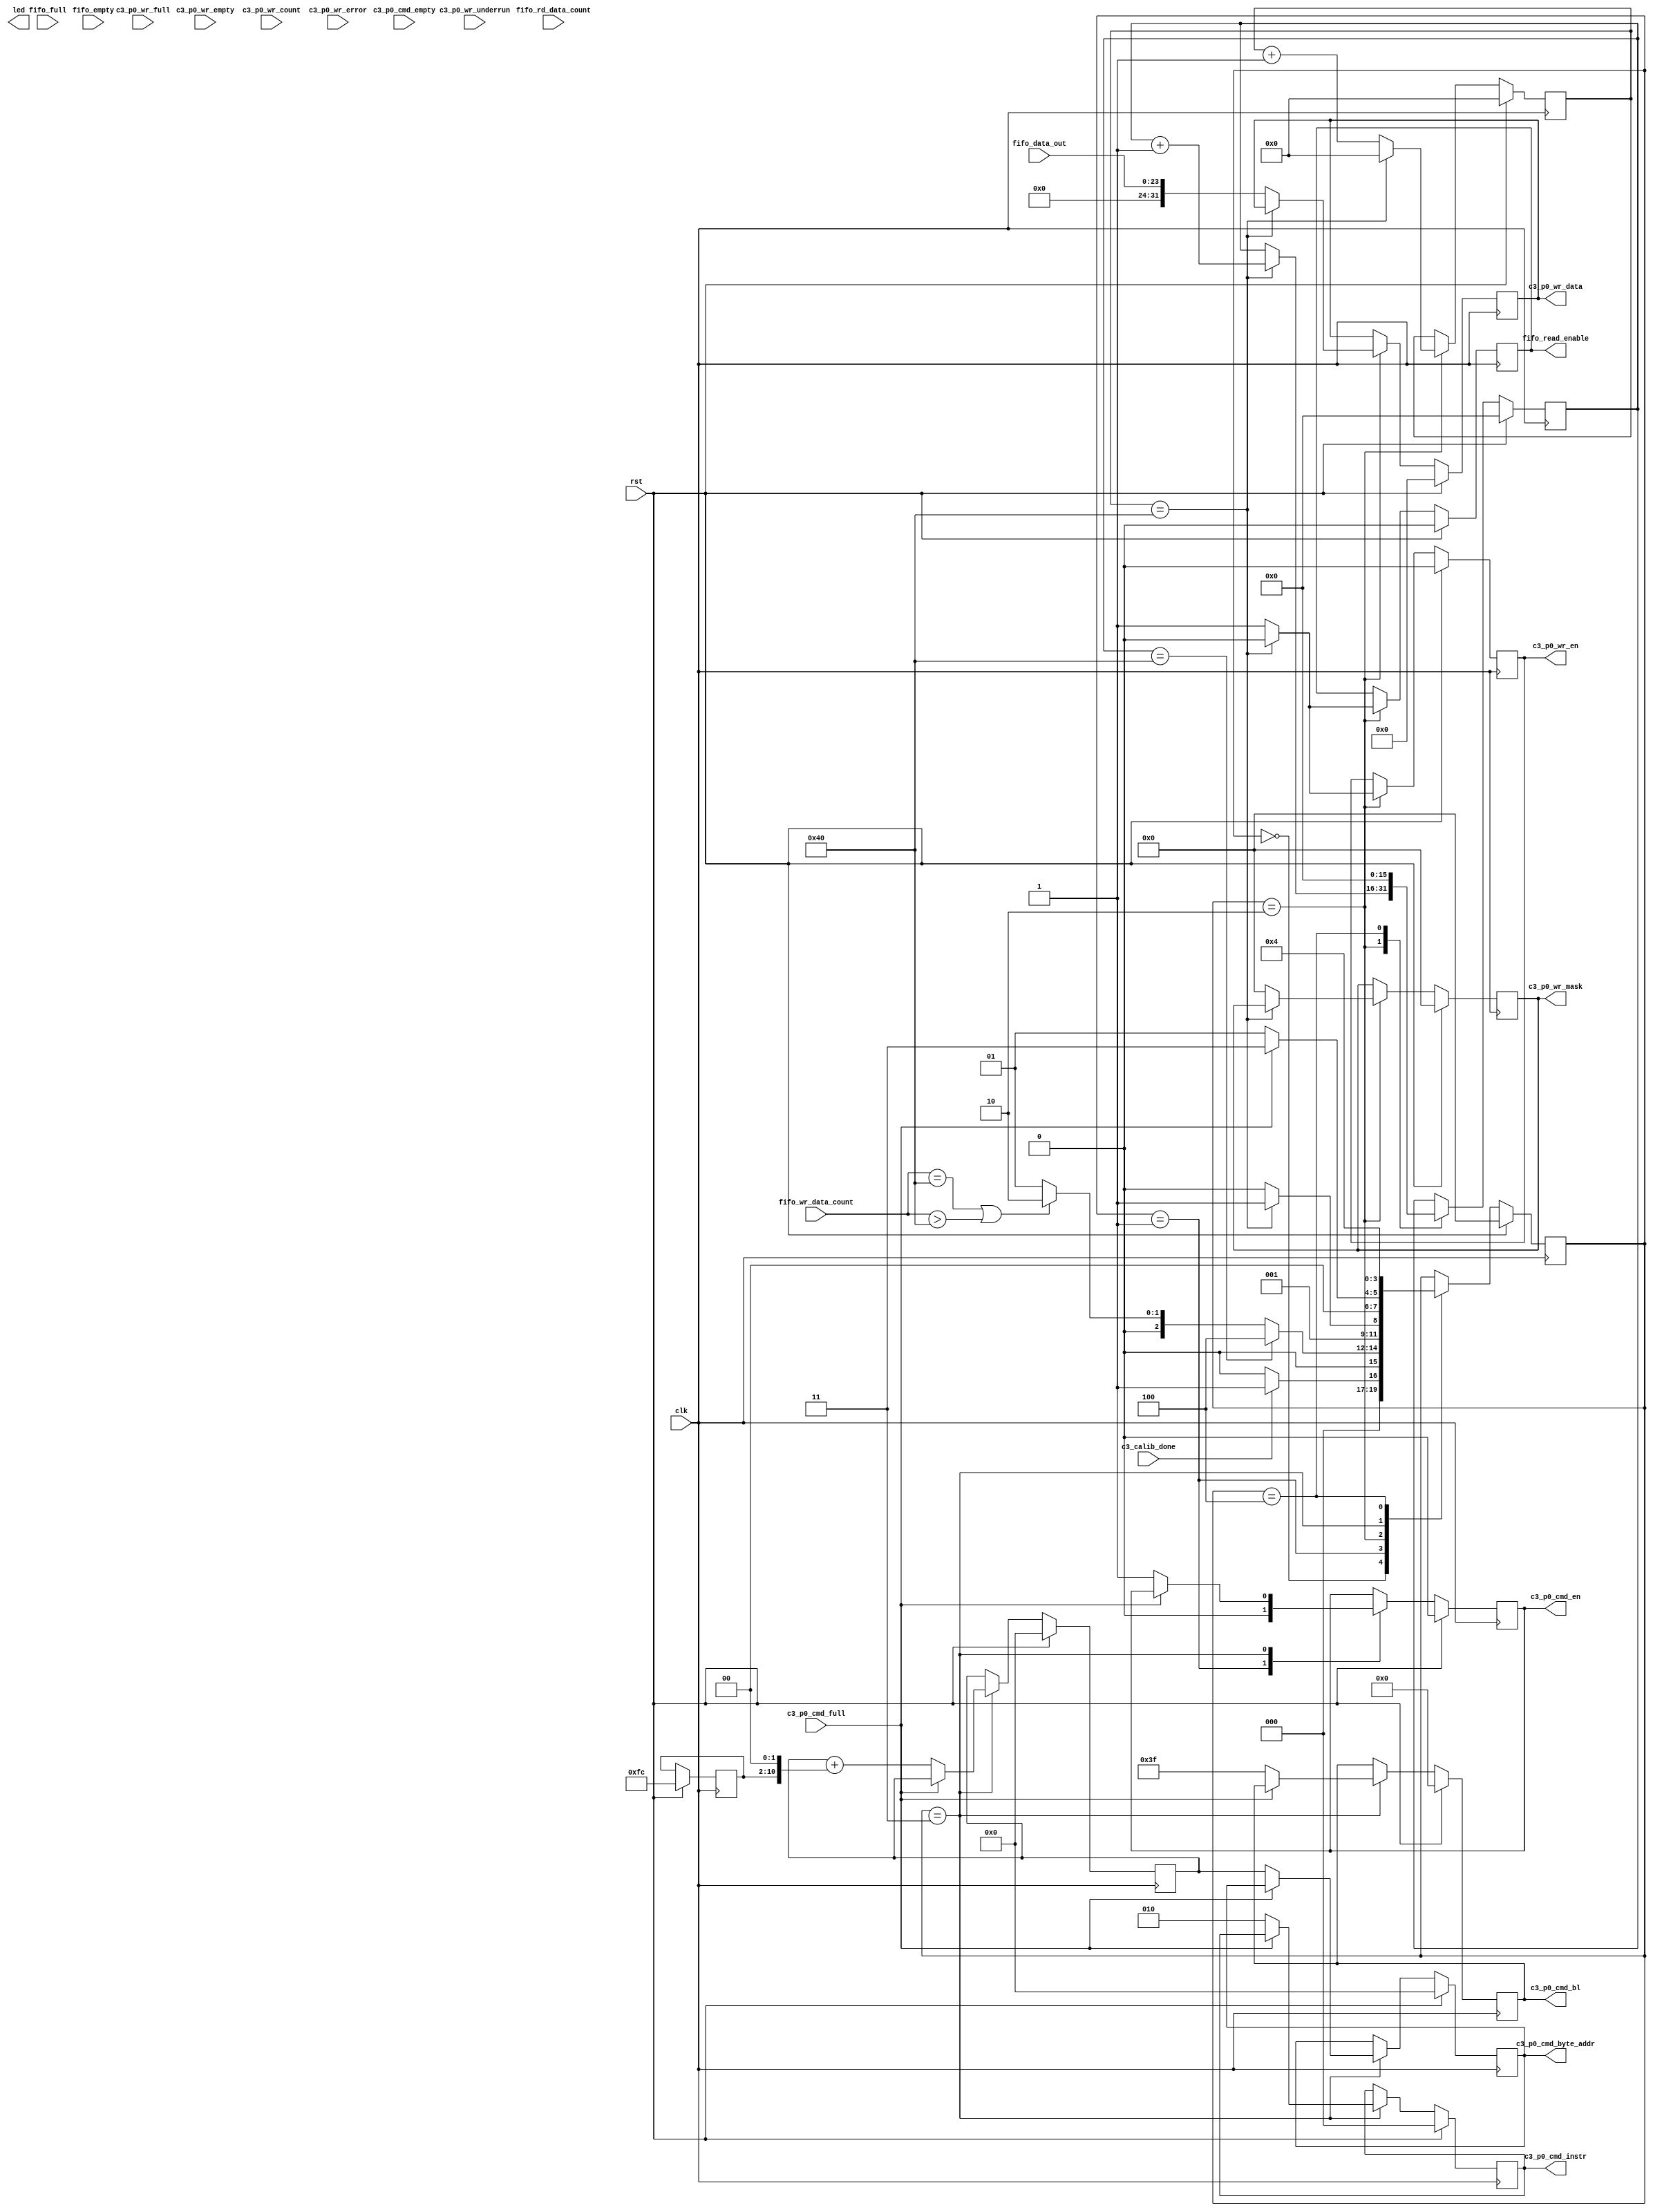
/*

Copyright (c) 2021 Alex Pahmutov

Permission is hereby granted, free of charge, to any person obtaining a copy
of this software and associated documentation files (the "Software"), to deal
in the Software without restriction, including without limitation the rights
to use, copy, modify, merge, publish, distribute, sublicense, and/or sell
copies of the Software, and to permit persons to whom the Software is
furnished to do so, subject to the following conditions:

The above copyright notice and this permission notice shall be included in
all copies or substantial portions of the Software.

THE SOFTWARE IS PROVIDED "AS IS", WITHOUT WARRANTY OF ANY KIND, EXPRESS OR
IMPLIED, INCLUDING BUT NOT LIMITED TO THE WARRANTIES OF MERCHANTABILITY
FITNESS FOR A PARTICULAR PURPOSE AND NONINFRINGEMENT. IN NO EVENT SHALL THE
AUTHORS OR COPYRIGHT HOLDERS BE LIABLE FOR ANY CLAIM, DAMAGES OR OTHER
LIABILITY, WHETHER IN AN ACTION OF CONTRACT, TORT OR OTHERWISE, ARISING FROM,
OUT OF OR IN CONNECTION WITH THE SOFTWARE OR THE USE OR OTHER DEALINGS IN
THE SOFTWARE.

*/

`timescale 1ns / 1ps

module rgb_to_ddr# (
    parameter RGB_WIDTH = 24,
    parameter DATA_COUNT_WIDTH = 11,
    parameter PIXEL_COUNT  = 4096
)
(
    input wire                                      clk,
    input wire                                      rst,

    input wire                                      c3_calib_done,

    output	wire    	                            c3_p0_cmd_en,
    output  wire    [2:0]	                        c3_p0_cmd_instr,
    output  wire    [5:0]	                        c3_p0_cmd_bl,
    output  wire    [29:0]	                        c3_p0_cmd_byte_addr,
    input   wire    		                        c3_p0_cmd_empty,
    input   wire    		                        c3_p0_cmd_full,

    output	wire    	                            c3_p0_wr_en,
    output  wire    [3:0]	                        c3_p0_wr_mask,
    output  wire    [31:0]	                        c3_p0_wr_data,
    input   wire    		                        c3_p0_wr_full,
    input   wire    		                        c3_p0_wr_empty,
    input   wire    [6:0]	                        c3_p0_wr_count,
    input   wire    		                        c3_p0_wr_underrun,
    input   wire    		                        c3_p0_wr_error,

    input   wire    [RGB_WIDTH - 1:0]               fifo_data_out,
    output  wire                                    fifo_read_enable,
    input   wire    [DATA_COUNT_WIDTH -1:0]         fifo_wr_data_count,
    input   wire    [DATA_COUNT_WIDTH -1:0]         fifo_rd_data_count,
    input   wire                                    fifo_full,
    input   wire                                    fifo_empty,

    output  wire    [7:0]                           led 
);

localparam [5:0] MAX_BURST_LENGHT = 'd63;

localparam [3:0] COMMAND_FIFO_DEPTH = 'd4;

localparam [15:0] BURST_COUNT_FRAME = PIXEL_COUNT/64;

localparam [3:0]
    STATE_WAIT_CALIB = 4'd0,
    STATE_WAIT_RGB_DATA = 4'd1,
    STATE_WRITE = 4'd2,
    STATE_WRITE_COMMAND = 4'd3,
    STATE_ONE_FRAME_SUCCESSFUL = 'd4;

localparam [2:0] 
    WRITE = 3'b0,
    WRITE_AUTO_PRECHARGE = 3'b10;

reg [3:0] state_reg;

reg         p0_cmd_en_reg;
reg [2:0]	p0_cmd_instr_reg;
reg [5:0]	p0_cmd_bl_reg;
reg [29:0]	p0_cmd_byte_addr_reg;

reg 	    p0_wr_en_reg;
reg [3:0]	p0_wr_mask_reg;
reg [31:0]	p0_wr_data_reg;


reg [29:0]  addr_ptr_reg;
reg [6:0]   word_count_reg;
reg [31:0]  error_count_reg;
reg [8:0]   address_iter_reg;
reg [7:0]   led_reg;
reg [15:0]  burst_count_reg;
reg         fifo_rd_enable_reg;

assign fifo_read_enable = fifo_rd_enable_reg;

assign c3_p0_wr_en = p0_wr_en_reg;
assign c3_p0_wr_mask = p0_wr_mask_reg;
assign c3_p0_wr_data = p0_wr_data_reg;

assign c3_p0_cmd_en = p0_cmd_en_reg;
assign c3_p0_cmd_instr = p0_cmd_instr_reg;
assign c3_p0_cmd_bl = p0_cmd_bl_reg;
assign c3_p0_cmd_byte_addr = p0_cmd_byte_addr_reg;

always @(posedge clk) begin
	if (rst) begin
        state_reg <= STATE_WAIT_CALIB;

        p0_cmd_en_reg <= 1'b0;
        p0_cmd_instr_reg <= 3'b0;
        p0_cmd_bl_reg <= 6'b0;
        p0_cmd_byte_addr_reg <= 30'b0;

        p0_wr_en_reg <= 1'b0;
        p0_wr_mask_reg <= 4'b0;
        p0_wr_data_reg <= 32'b0;

        addr_ptr_reg <= 30'b0;
        word_count_reg <= 6'b0;
        address_iter_reg <= 9'hFC;
        led_reg <= 8'b0;
        burst_count_reg <= 'b0;
        fifo_rd_enable_reg <= 'b0;
	end else begin
		case (state_reg)
			STATE_WAIT_CALIB: begin
                if(c3_calib_done)
                    state_reg <= STATE_WAIT_RGB_DATA;
                else
                    state_reg <= STATE_WAIT_CALIB;
			end
            STATE_WAIT_RGB_DATA: begin
                p0_cmd_en_reg <= 1'b0;
                if(burst_count_reg == BURST_COUNT_FRAME) begin
                    state_reg <= STATE_ONE_FRAME_SUCCESSFUL;
                end else begin
                    if(fifo_wr_data_count == 'd64 || fifo_wr_data_count > 'd64)
                        state_reg <= STATE_WRITE;
                    else
                        state_reg <= STATE_WAIT_RGB_DATA;
                end
            end
            STATE_WRITE: begin
                if(word_count_reg == 'd64) begin
                    state_reg <= STATE_WRITE_COMMAND;

                    p0_wr_en_reg <= 1'b0; 
                    word_count_reg <= 6'b0;
                    fifo_rd_enable_reg <= 'b0;
                    burst_count_reg <= burst_count_reg + 1'b1;
                end else begin
                    fifo_rd_enable_reg <= 'b1;

                    p0_wr_en_reg <= 1'b1;
                    p0_wr_mask_reg <= 4'b0;
                    p0_wr_data_reg <= fifo_data_out;

                    word_count_reg <= word_count_reg + 1'b1;
                    state_reg <= STATE_WRITE;
                end
            end
			STATE_WRITE_COMMAND: begin
                if(!c3_p0_cmd_full) begin
                    p0_cmd_en_reg <= 1'b1;
                    p0_cmd_instr_reg <= WRITE_AUTO_PRECHARGE;
                    p0_cmd_bl_reg <= MAX_BURST_LENGHT;
                    p0_cmd_byte_addr_reg <= addr_ptr_reg;

                    addr_ptr_reg <= addr_ptr_reg + {address_iter_reg,2'b0};

                    state_reg <= STATE_WAIT_RGB_DATA;
                end else begin
                    state_reg <= STATE_WRITE_COMMAND;
                end
			end
            STATE_ONE_FRAME_SUCCESSFUL: begin
                state_reg <= STATE_ONE_FRAME_SUCCESSFUL;
                burst_count_reg <= 'b0;
            end
		endcase
	end
end

endmodule